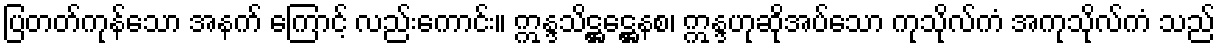
ပြတတ်ကုန်သော အနက် ကြောင့် လည်းကောင်း။ ဣန္ဒသိဋ္ဌဋ္ဌေနစ၊ ဣန္ဒဟုဆိုအပ်သော ကုသိုလ်ကံ အကုသိုလ်ကံ သည်